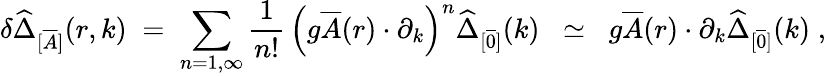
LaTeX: \delta\widehat{\Delta}_{[\overline{{{A}}}]}(r,k)\; =\; \sum_{n=1,\infty}\frac{1}{n!}\, \left(g\overline{{{A}}}(r)\cdot\partial_{k}\right)^{n}\widehat{\Delta}_{[\overline{{{0}}}]}(k)\; \; \simeq\; \; g\overline{{{A}}}(r)\cdot\partial_{k}\widehat{\Delta}_{[\overline{{{0}}}]}(k)\; ,